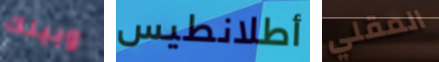
وبينك أطلانطيس المقلي